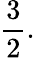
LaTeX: {\frac{3}{2}}.